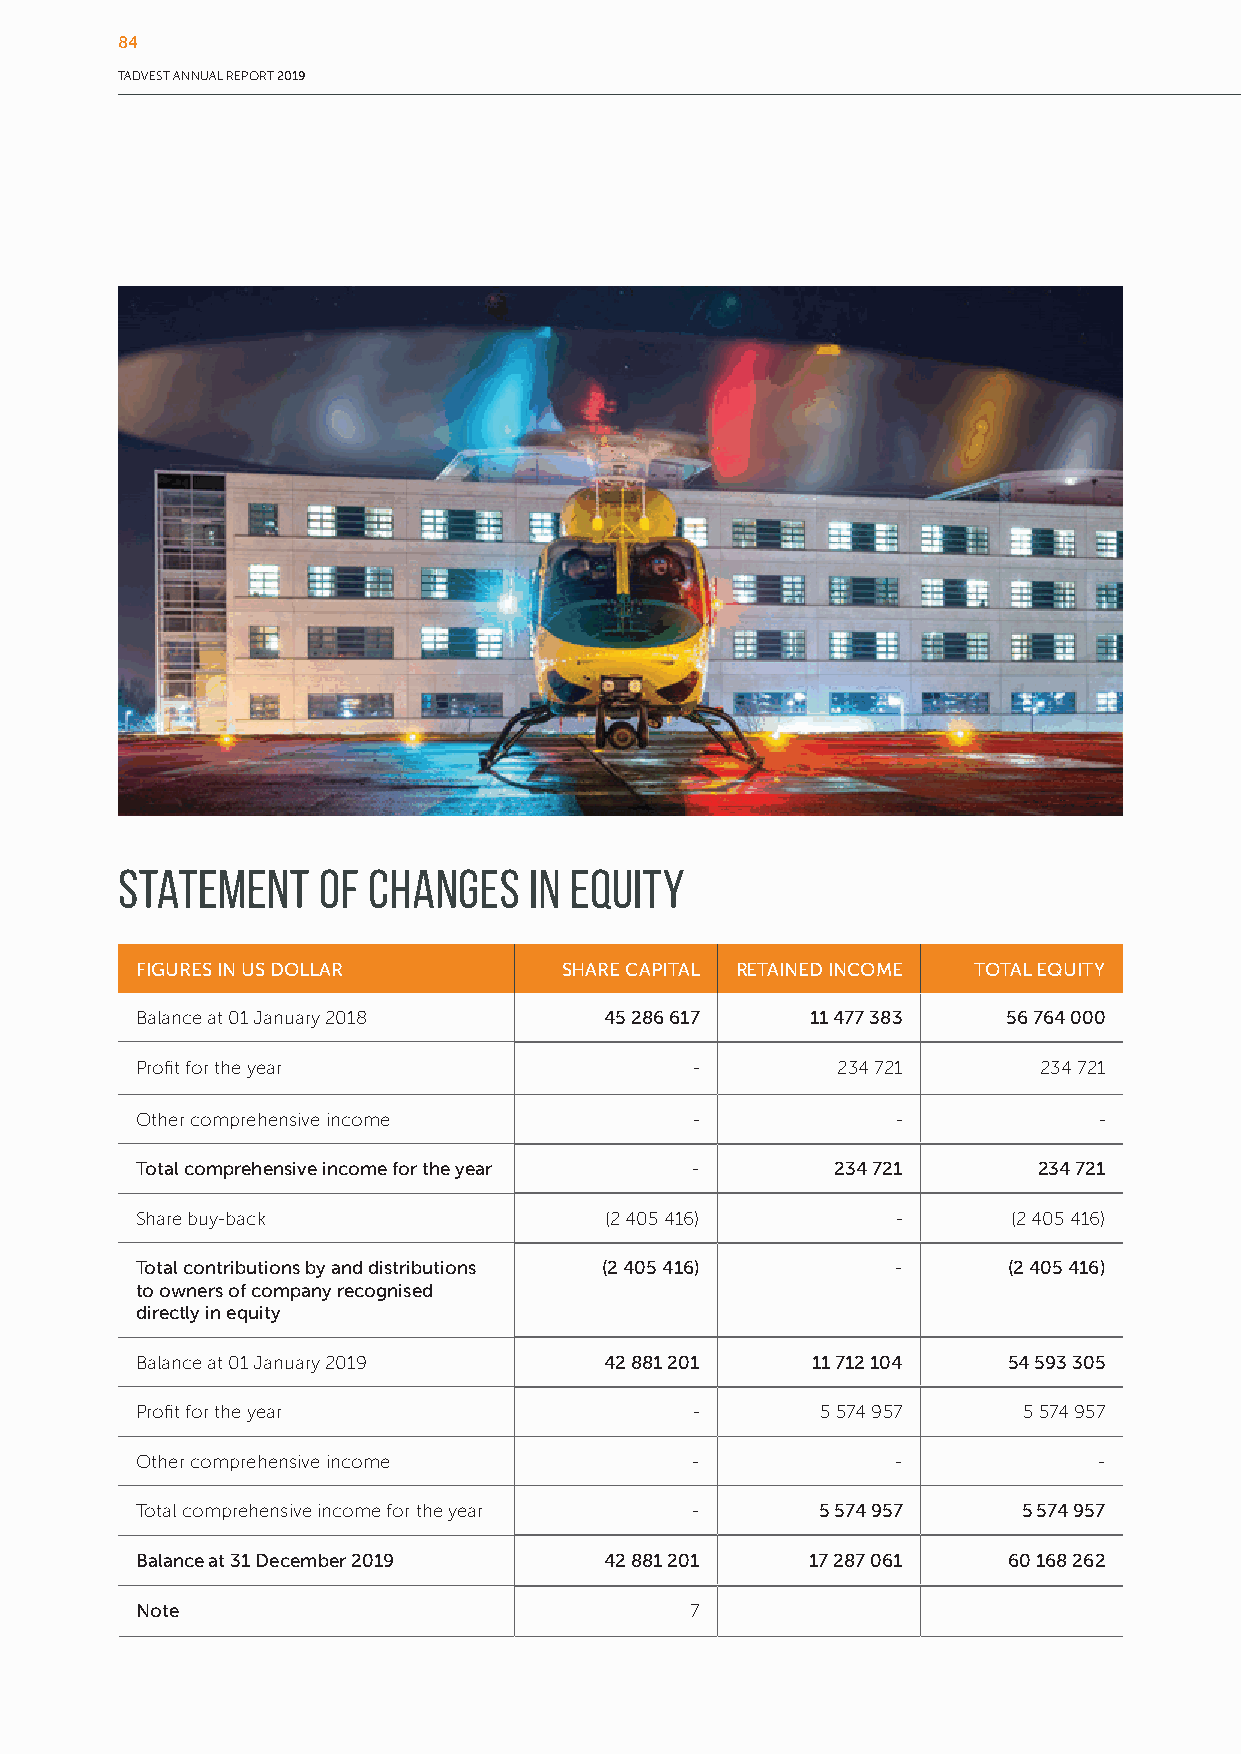
84
 TADVEST ANNUAL REPORT 2019
 Statement    of Changes    in Equity
 FIGURES IN US DOLLAR        SHARE CAPITAL RETAINED INCOME TOTAL EQUITY
 Balance at 01 January 2018     45 286 617    11 477 383   56 764 000
 Profit for the year                  -        234 721       234 721
 Other comprehensive income           -            -             -
 Total comprehensive income for the year -     234 721       234 721
 Share buy-back                 (2 405 416)        -       (2 405 416)
 Total contributions by and distributions (2 405 416) -    (2 405 416)
 to owners of company recognised
 directly in equity
 Balance at 01 January 2019     42 881 201    11 712 104   54 593 305
 Profit for the year                  -       5 574 957     5 574 957
 Other comprehensive income           -            -             -
 Total comprehensive income for the year -    5 574 957     5 574 957
 Balance at 31 December 2019    42 881 201    17 287 061   60 168 262
 Note                                 7